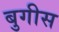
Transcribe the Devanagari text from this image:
बुगीस